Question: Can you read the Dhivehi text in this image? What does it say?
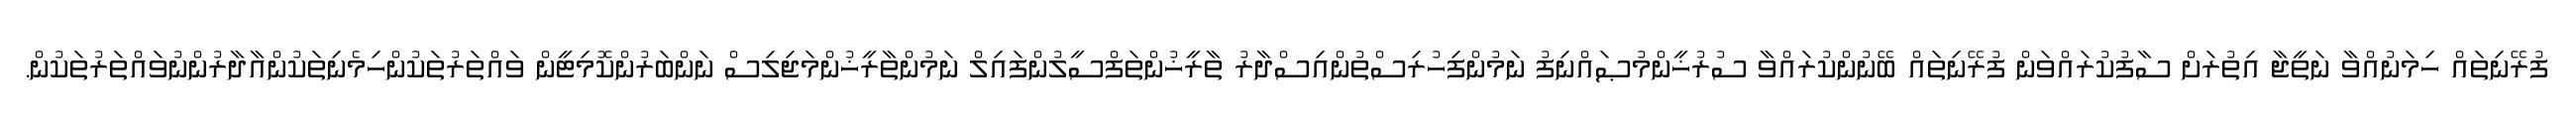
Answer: ފުރޭނިތައް ހިމަނުއްވާ ނަތީޖާ އިތުރަށް ސާފުކުރައްވަން ފުރޭނިތައް ބޭނުންކުރައްވާ ސުރުޚީންމުޞައްނިފު ނަމުންފިހުރިސްތުންއިސްދާރު ތާރީޚުންތަފްސީލުންފައިލް ނަމުންތާރީޚުންމަޖިލިސް ނަންބަރުންކޮމިޓީން ވައްތަރުތަކުންހިމެނިތަކުންއާދާރުންނުވައްތަރުތަކުން.